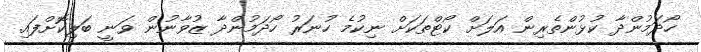
ހޯދަމުންދާ ކުޅުންތެރިން އަލަށް ކޯޓްތަކަށް ނިކުމެ ހުނަރު ހޯދަމުންދާ ޒުވާނުން ވަނީ ބަލިކޮށްފައި.